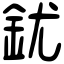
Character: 䤞